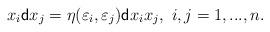
LaTeX: \begin{align*}x_i{\sf d}x_j=\eta(\varepsilon_i,\varepsilon_j){\sf d}x_ix_j, \ i,j=1,...,n. \end{align*}